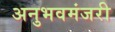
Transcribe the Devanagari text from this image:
अनुभवमंजरी